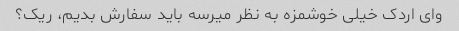
وای اردک خیلی خوشمزه به نظر میرسه باید سفارش بدیم، ریک؟